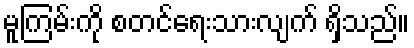
မူကြမ်းကို စတင်ရေးသားလျက် ရှိသည်။